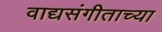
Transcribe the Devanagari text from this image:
वाद्यसंगीताच्या